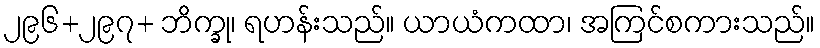
၂၉၆+၂၉၇+ ဘိက္ခု၊ ရဟန်းသည်။ ယာယံကထာ၊ အကြင်စကားသည်။